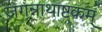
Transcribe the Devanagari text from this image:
जगन्नाथाष्टकम्